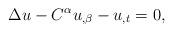
LaTeX: \begin{align*}\Delta u-C^{\alpha }u_{,\beta }-u_{,t}=0, \end{align*}